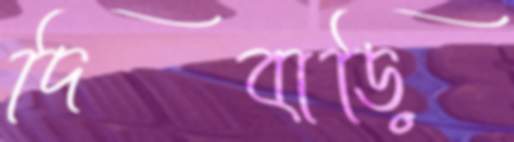
দিবাড়ি